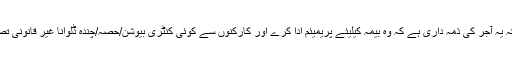
مزید یہ کہ یہ آجر کی ذمہ داری ہے کہ وہ بیمہ کیلیئے پریمیئم ادا کرے اور کارکنوں سے کوئی کنٹری بیوشن/حصہ/چندہ ڈلوانا غیر قانونی تصور ہوگا۔